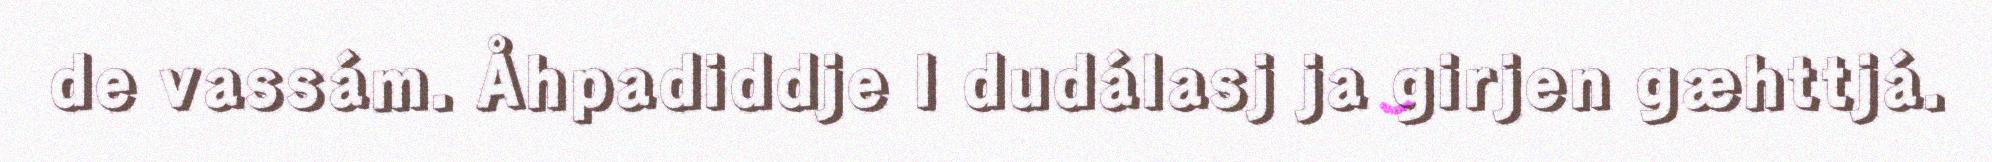
de vassám. Åhpadiddje l dudálasj ja girjen gæhttjá.